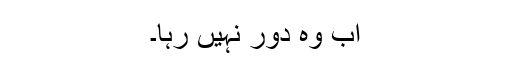
اب وہ دَور نہیں رہا۔